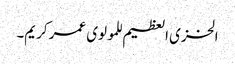
الخزی العظیم للمولوی عمر کریم۔